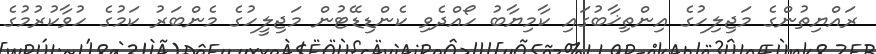
ރައްޔިތުންގެ މަޖިލިހުގެ އިންތިޚާބުގައި ކާމިޔާބު ހޯއްދެވި ކެންޑިޑޭޓުން މަޖިލީހުގެ މެންބަރު ކަމުގެ ހުވާކުރުމުގެ